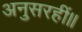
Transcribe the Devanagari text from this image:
अनुसरहीं॥